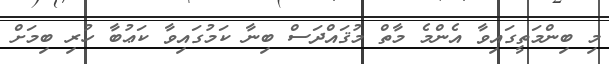
މި ބިންމަތީގައިވާ އެންމެ މާތް މުޤައްދަސް ބިނާ ކަމުގައިވާ ކަޢުބާ ހުރި ބިމަށް